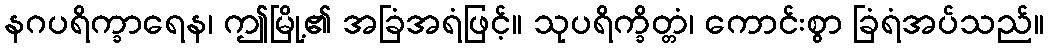
နဂပရိက္ခာရေန၊ ဤမြို့၏ အခြံအရံဖြင့်။ သုပရိက္ခိတ္တံ၊ ကောင်းစွာ ခြံရံအပ်သည်။